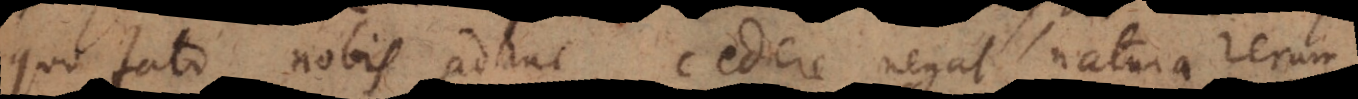
quo fato nobis adhuc cedere negat natura rerum,